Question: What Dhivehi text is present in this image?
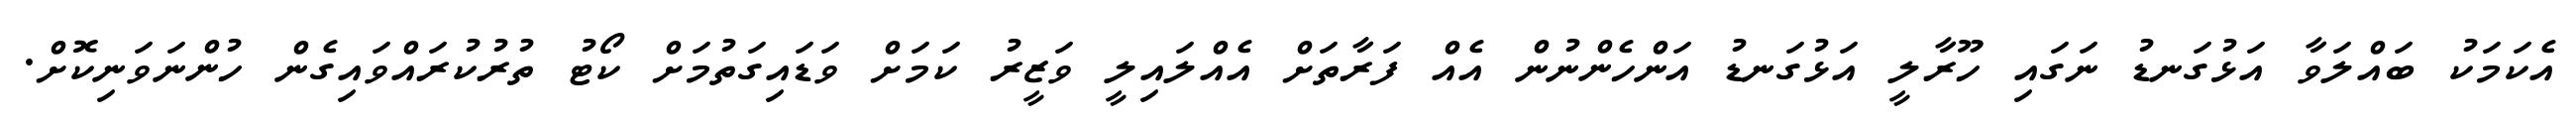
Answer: އެކަމަކު ބައްލަވާ އަޅުގަނޑު ނަގައި ހޫރާލީ އަޅުގަނޑު އަންހެންނުން އެއް ފަރާތަށް އެއްލައިލީ ވަޒީރު ކަމަށް ވަޑައިގަތުމަށް ކޯޓު ތުރުކުރައްވައިގެން ހުންނަވަނިކޮށް.